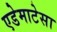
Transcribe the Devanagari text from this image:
एडेमाटेसा